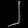
Digit: ၂